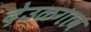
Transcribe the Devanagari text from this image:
देउळगाव